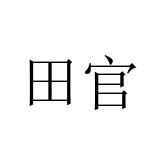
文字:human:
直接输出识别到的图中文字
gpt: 田官